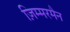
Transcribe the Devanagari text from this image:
ज़िम्मरमैन